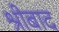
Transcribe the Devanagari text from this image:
श्रीबाद